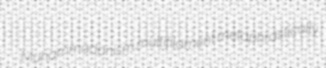
Muhammadanism multifilament metaphrastically